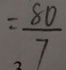
= \frac { 8 0 } { 7 }